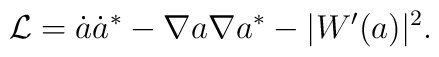
{\cal L} = \dot{a}\dot{a}^{\ast} - \nabla a \nabla a^{\ast} - |W'(a)|^{2}.